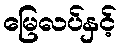
မြေလပ်နှင့်